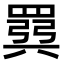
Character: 𫅈